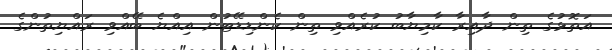
އަތޮޅުގެ ތިން ދާއިރާ ކާމިޔާބު ކުރެއްވި ތިން ކެންޑިޑޭޓުން އިއްޔެ ބޭއްވި ރައްޔިތުންގެ